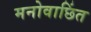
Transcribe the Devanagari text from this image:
मनोवाछिंत